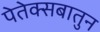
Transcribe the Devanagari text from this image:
पेतेक्सबातुन